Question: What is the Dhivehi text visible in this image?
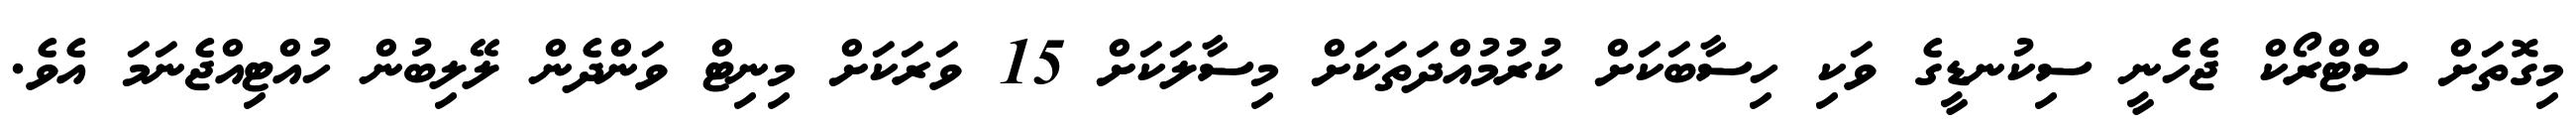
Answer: މިގޮތަށް ސްޓްރޯކް ޖެހެނީ ސިކުނޑީގެ ވަކި ހިސާބަކަށް ކުރުމުއްދަތަކަށް މިސާލަކަށް 15 ވަރަކަށް މިނިޓް ވަންދެން ލޭލިބުން ހުއްޓިއްޖެނަމަ އެވެ.